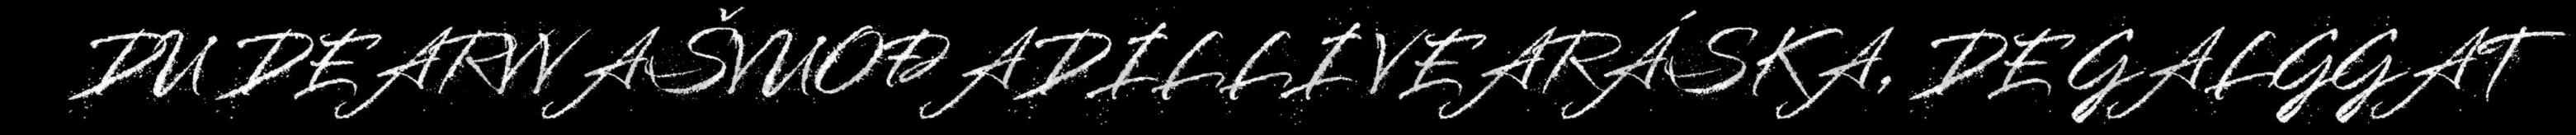
DU DEARVVAŠVUOĐADILLI VEARÁSKA, DE GALGGAT